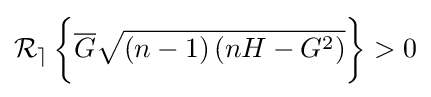
\operatorname {\mathcal {R_{e}}} {\biggl \{}{\overline {G}}{\sqrt {\left(n-1\right)\left(nH-G^{2}\right)}}{\biggr \}}>0